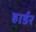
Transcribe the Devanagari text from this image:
हार्डर